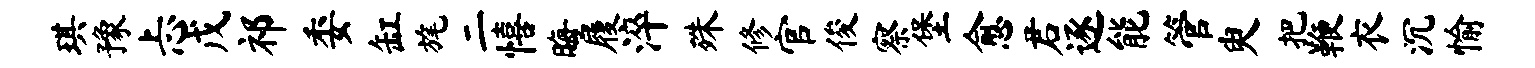
琪豫忐戊祁委缸旄二僖晦履淬殊修官俊察堡愈君逐能管臾把鞭衣沉愉